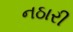
નઠારી